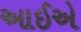
આઈએ